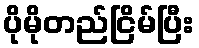
ပိုမိုတည်ငြိမ်ပြီး